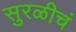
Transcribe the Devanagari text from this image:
सुरळीचं